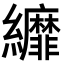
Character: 𦇺